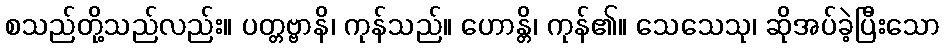
စသည်တို့သည်လည်း။ ပတ္တဗ္ဗာနိ၊ ကုန်သည်။ ဟောန္တိ၊ ကုန်၏။ သေသေသု၊ ဆိုအပ်ခဲ့ပြီးသော